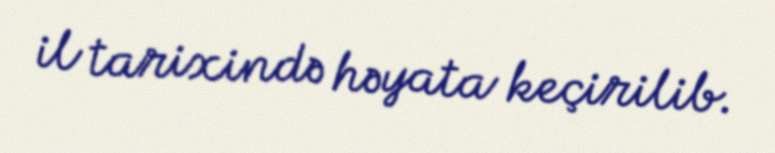
il tarixində həyata keçirilib.